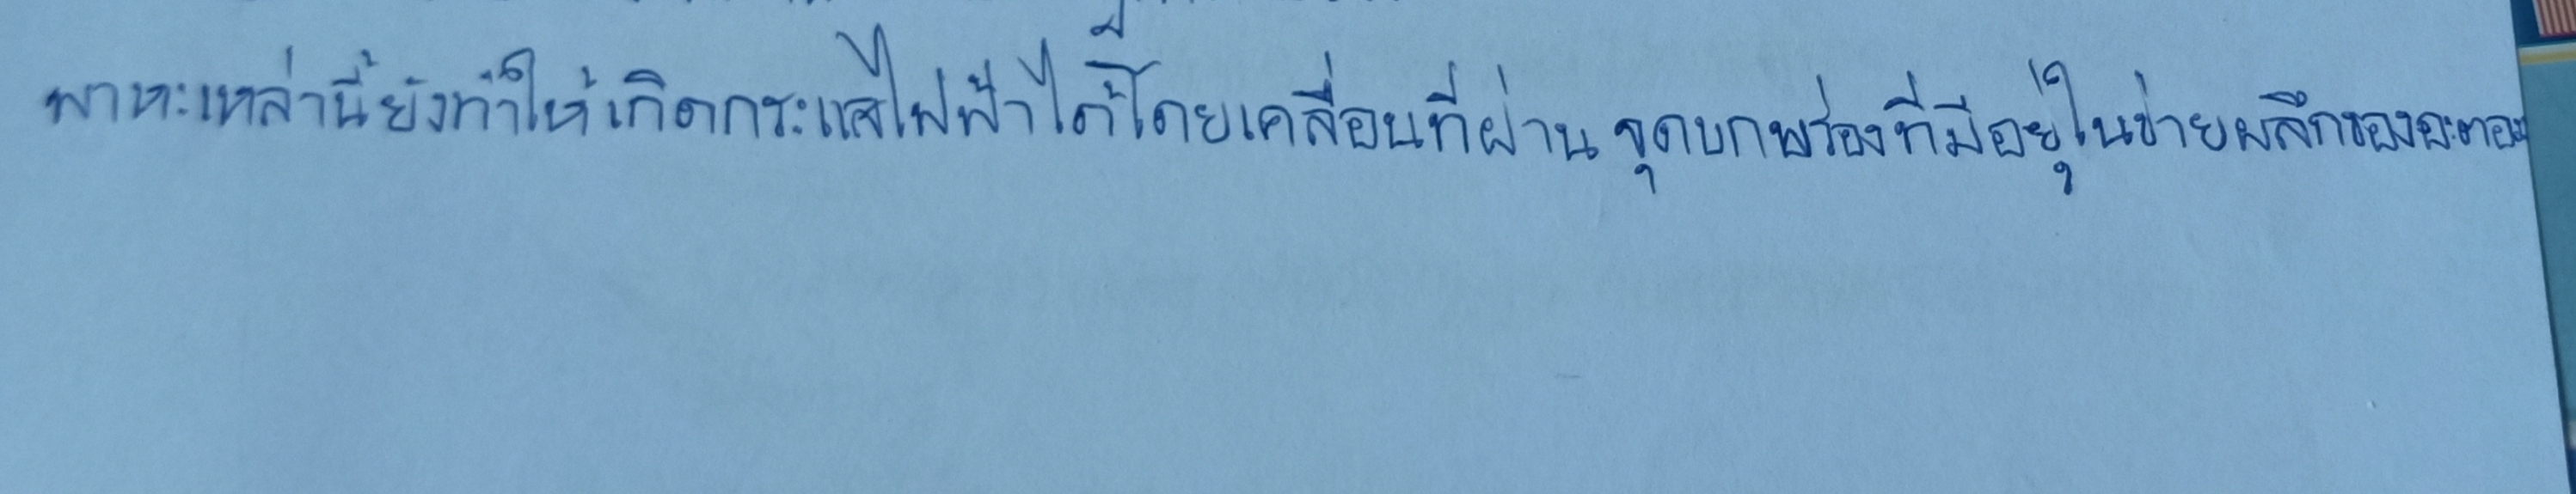
พาหะเหล่านี้ยังทำให้เกิดกระแสไฟฟ้าได้โดยเคลื่อนที่ผ่านจุดบกพร่องที่มีอยู่ในข่ายผลึกของอะตอม